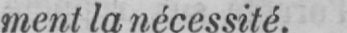
ment la nécessité.